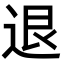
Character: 退